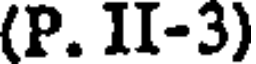
(P. II-3)